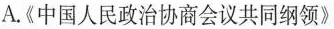
A.《中国人民政治协商会议共同纲领》